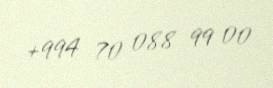
+994 70 088 99 00